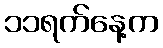
၁၁ရက်နေ့က